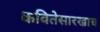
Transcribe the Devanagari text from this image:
कवितेसारखाच